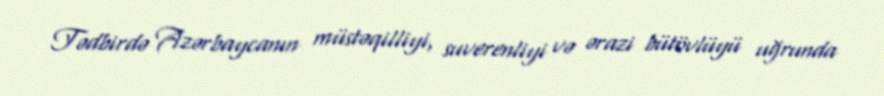
Tədbirdə Azərbaycanın müstəqilliyi, suverenliyi və ərazi bütövlüyü uğrunda